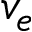
v _ { e }